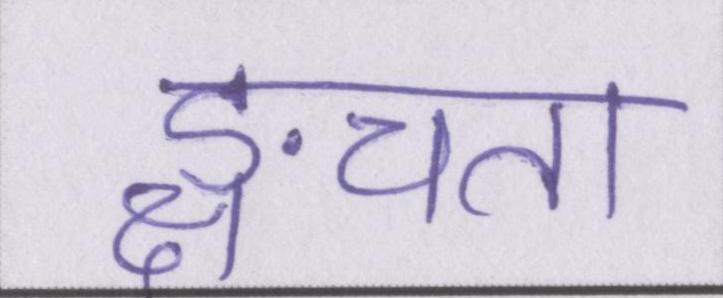
ङ्क्षचता